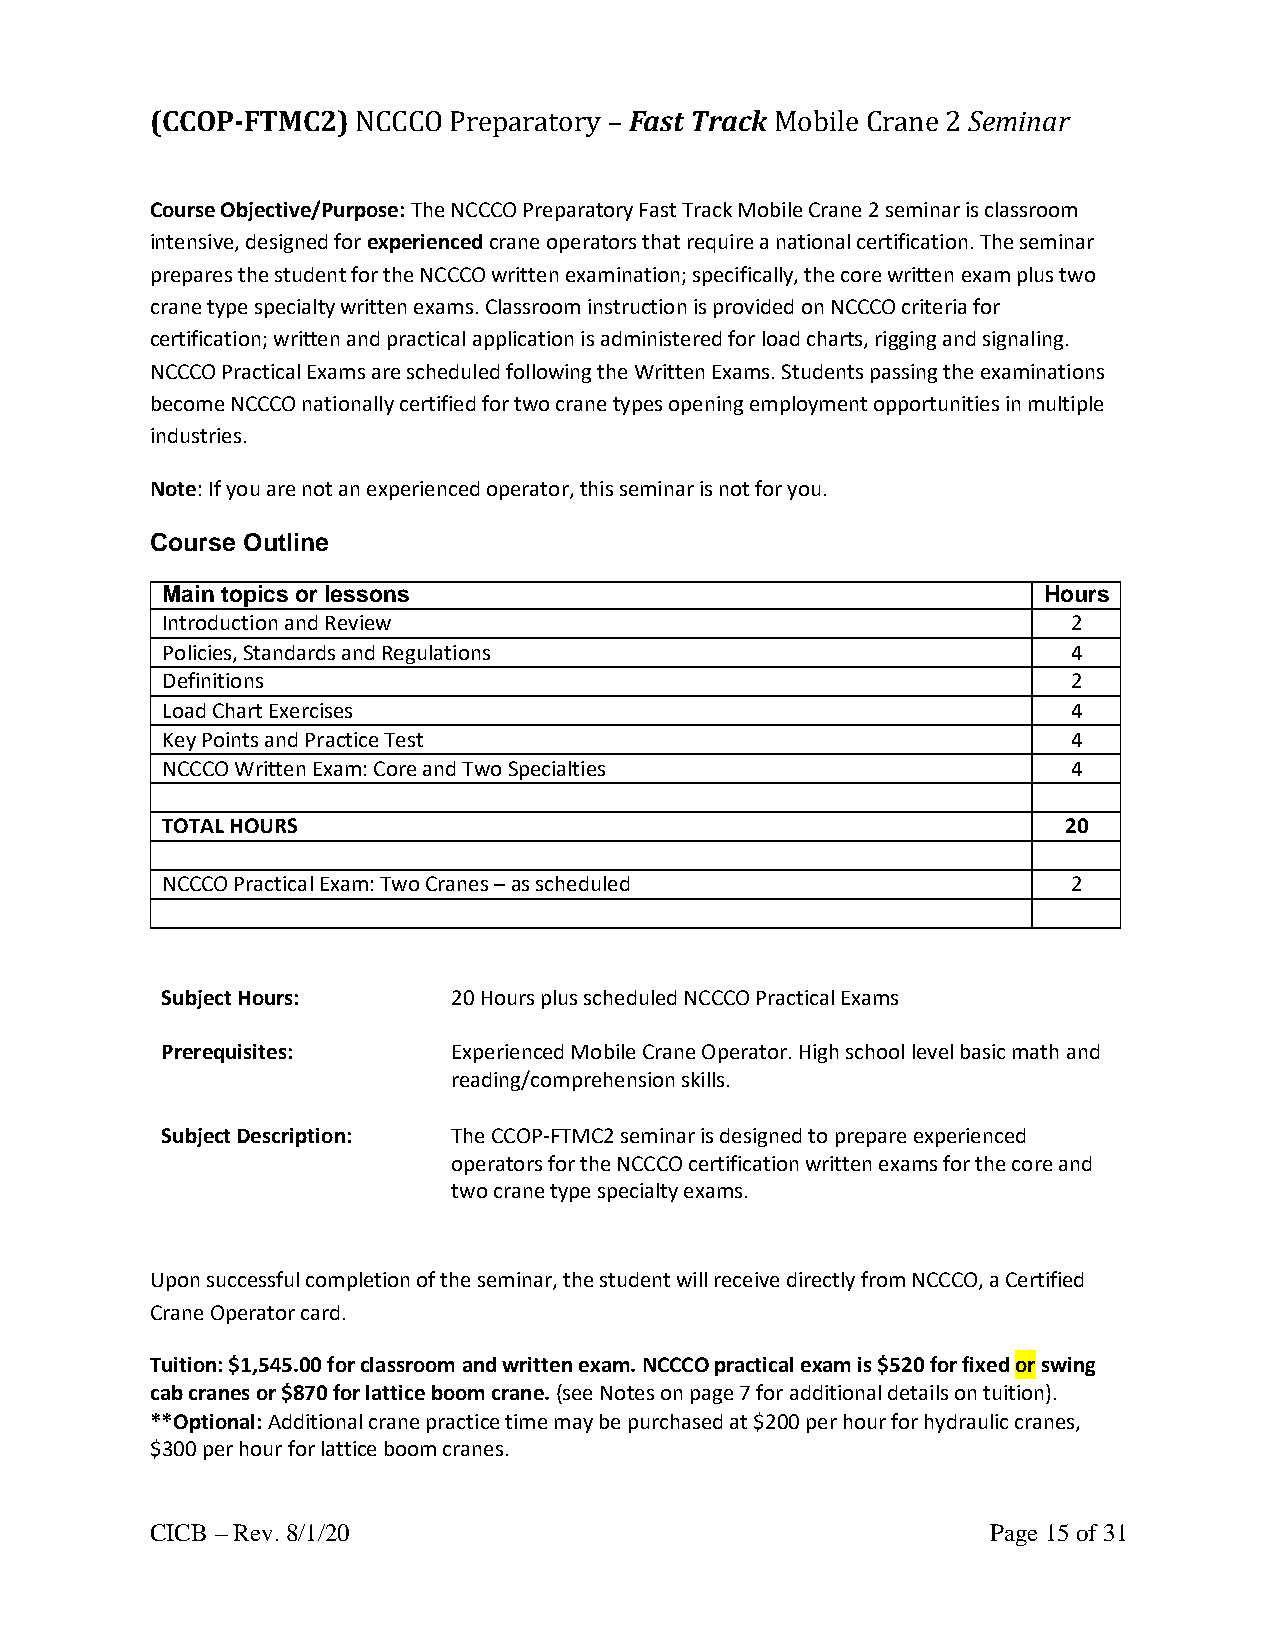
(CCOP-FTMC2)  NCCCO Preparatory – Fast Track Mobile Crane 2 Seminar
 Course Objective/Purpose: The NCCCO Preparatory Fast Track Mobile Crane 2 seminar is classroom
 intensive, designed for experienced crane operators that require a national certification. The seminar
 prepares the student for the NCCCO written examination; specifically, the core written exam plus two
 crane type specialty written exams. Classroom instruction is provided on NCCCO criteria for
 certification; written and practical application is administered for load charts, rigging and signaling.
 NCCCO Practical Exams are scheduled following the Written Exams. Students passing the examinations
 become NCCCO nationally certified for two crane types opening employment opportunities in multiple
 industries.
 Note: If you are not an experienced operator, this seminar is not for you.
 Course Outline
 Main topics or lessons                                    Hours
 Introduction and Review                                     2
 Policies, Standards and Regulations                         4
 Definitions                                                 2
 Load Chart Exercises                                        4
 Key Points and Practice Test                                4
 NCCCO Written Exam: Core and Two Specialties                4
 TOTAL HOURS                                                 20
 NCCCO Practical Exam: Two Cranes – as scheduled             2
 Subject Hours:     20 Hours plus scheduled NCCCO Practical Exams
 Prerequisites:     Experienced Mobile Crane Operator. High school level basic math and
 reading/comprehension skills.
 Subject Description: The CCOP-FTMC2 seminar is designed to prepare experienced
 operators for the NCCCO certification written exams for the core and
 two crane type specialty exams.
 Upon successful completion of the seminar, the student will receive directly from NCCCO, a Certified
 Crane Operator card.
 Tuition: $1,545.00 for classroom and written exam. NCCCO practical exam is $520 for fixed or swing
 cab cranes or $870 for lattice boom crane. (see Notes on page 7 for additional details on tuition).
 **Optional: Additional crane practice time may be purchased at $200 per hour for hydraulic cranes,
 $300 per hour for lattice boom cranes.
 CICB – Rev. 8/1/20                                      Page 15 of 31